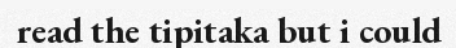
read the tipitaka but i could